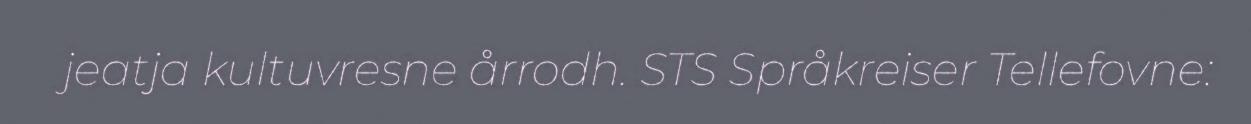
jeatja kultuvresne årrodh. STS Språkreiser Tellefovne: